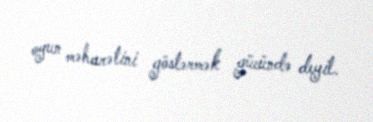
oyun məharətini göstərmək gücündə deyil.